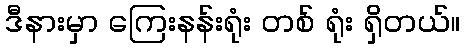
ဒီနားမှာ ကြေးနန်းရုံး တစ် ရုံး ရှိတယ်။